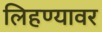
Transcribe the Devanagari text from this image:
लिहण्यावर